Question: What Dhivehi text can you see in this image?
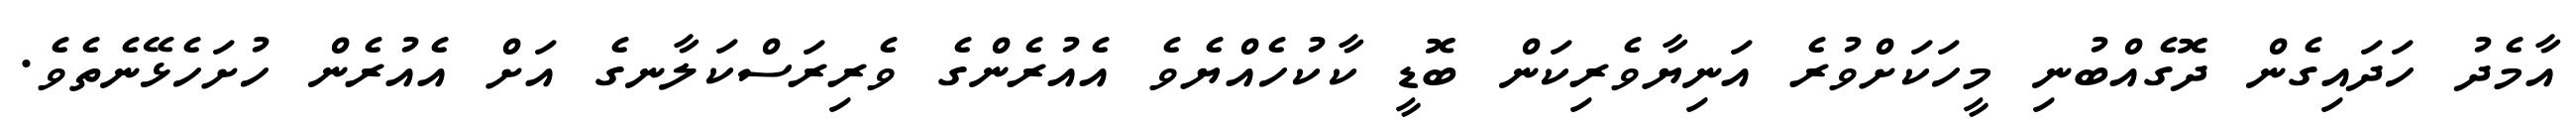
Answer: އާމެދު ހަދައިގެން ދޮގެއްބުނި މީހަކަށްވުރެ އަނިޔާވެރިކަން ބޮޑީ ކާކުހެއްޔެވެ އެއުރެންގެ ވެރިރަސްކަލާނގެ އަށް އެއުރެން ހުށަހެޅޭނެތެވެ.